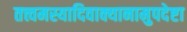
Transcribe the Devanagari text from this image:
तत्त्वमस्यादिवाक्यानामुपदेष्टा